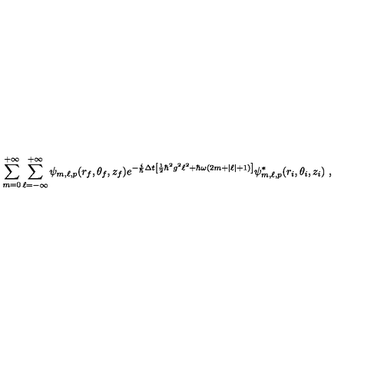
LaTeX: \sum _ { m = 0 } ^ { + \infty } \sum _ { \ell = - \infty } ^ { + \infty } \psi _ { m , \ell , p } ( r _ { f } , \theta _ { f } , z _ { f } ) e ^ { - \frac { i } { \hbar } \Delta t \left[ \frac { 1 } { 2 } \hbar ^ { 2 } g ^ { 2 } \ell ^ { 2 } + \hbar \omega ( 2 m + | \ell | + 1 ) \right] } \psi _ { m , \ell , p } ^ { * } ( r _ { i } , \theta _ { i } , z _ { i } ) \ ,